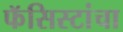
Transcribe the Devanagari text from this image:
फॅसिस्टांचा